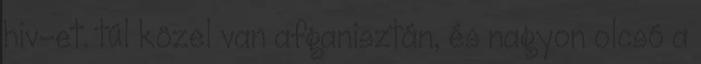
hiv-et. túl közel van afganisztán, és nagyon olcsó a